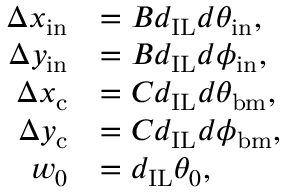
\begin{array} { r l } { \Delta x _ { \mathrm { i n } } } & { = B d _ { \mathrm { I L } } d \theta _ { \mathrm { i n } } , } \\ { \Delta y _ { \mathrm { i n } } } & { = B d _ { \mathrm { I L } } d \phi _ { \mathrm { i n } } , } \\ { \Delta x _ { \mathrm { c } } } & { = C d _ { \mathrm { I L } } d \theta _ { \mathrm { b m } } , } \\ { \Delta y _ { \mathrm { c } } } & { = C d _ { \mathrm { I L } } d \phi _ { \mathrm { b m } } , } \\ { w _ { 0 } } & { = d _ { \mathrm { I L } } \theta _ { 0 } , } \end{array}